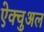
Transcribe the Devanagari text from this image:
ऐक्चुअल